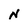
Character: N